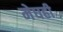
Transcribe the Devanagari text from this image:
मेघही